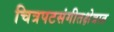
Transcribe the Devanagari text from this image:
चित्रपटसंगीतक्षेत्रात